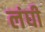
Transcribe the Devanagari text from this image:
लंघी